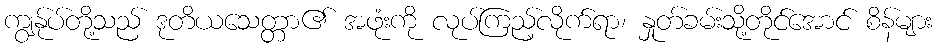
ကျွန်ုပ်တို့သည် ဒုတိယသေတ္တာ၏ အဖုံးကို လုပ်ကြည့်လိုက်ရာ၊ နှုတ်ခမ်းသို့တိုင်အောင် စိန်များ